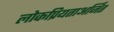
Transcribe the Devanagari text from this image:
लोकप्रियताअर्जित